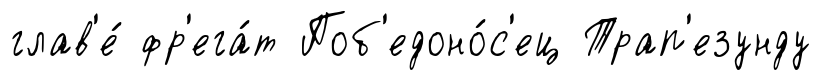
глав'е́ фр'ега́т Поб'едоно́с'ец Трап'езунду